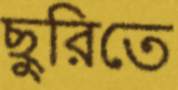
ছুরিতে